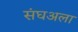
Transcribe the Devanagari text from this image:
संघअला